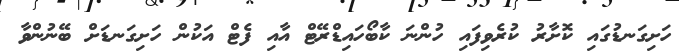
ހަށިގަނޑުގައި ކޮށާރު ކުރެވިފައި ހުންނަ ކާބޯހައިޑްރޭޓް އާއި ފެޓް އަކުން ހަށިގަނޑަށް ބޭނުންވާ